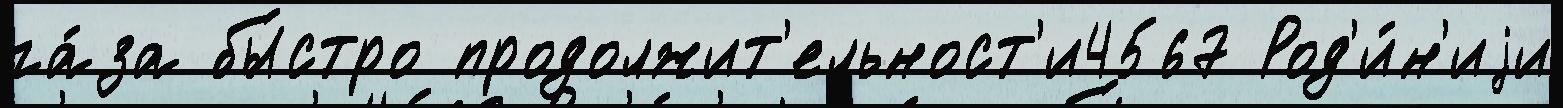
га́за бы́стро продолжит'ельност'и4567 Род'и́н'иjи